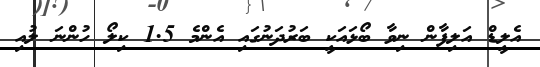
އެލީޑް އަލިފާން ނިވާ ބޯޅައަކީ ބަރުދަނުގައި އެންމެ 1.5 ކިލޯ ހުންނަ ލުއި